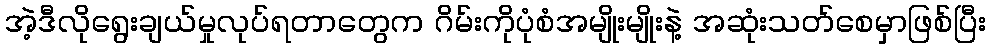
အဲ့ဒီလိုရွေးချယ်မှုလုပ်ရတာတွေက ဂိမ်းကိုပုံစံအမျိုးမျိုးနဲ့ အဆုံးသတ်စေမှာဖြစ်ပြီး